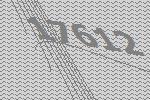
17612